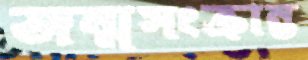
জন্মসংক্রান্ত